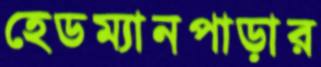
হেডম্যানপাড়ার